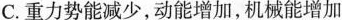
C.重力势能减少，动能增加，机械能增加